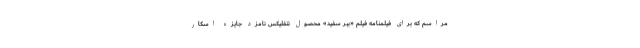
مراسم که برای فیلمنامه فیلم «ببر سفید» محصول نتفلیکس نامزد جایزه اسکار